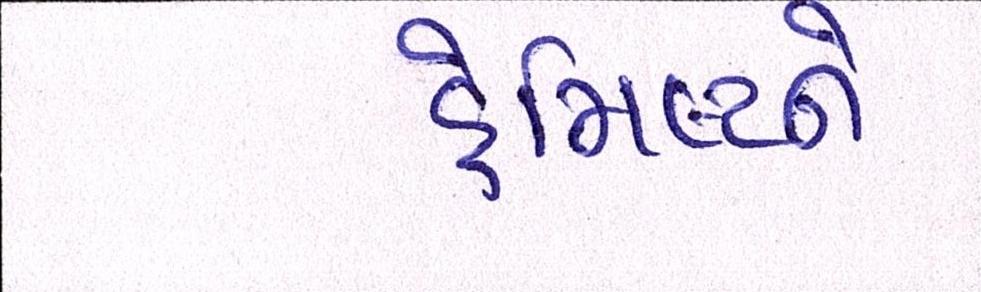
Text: હેમિલ્ટને